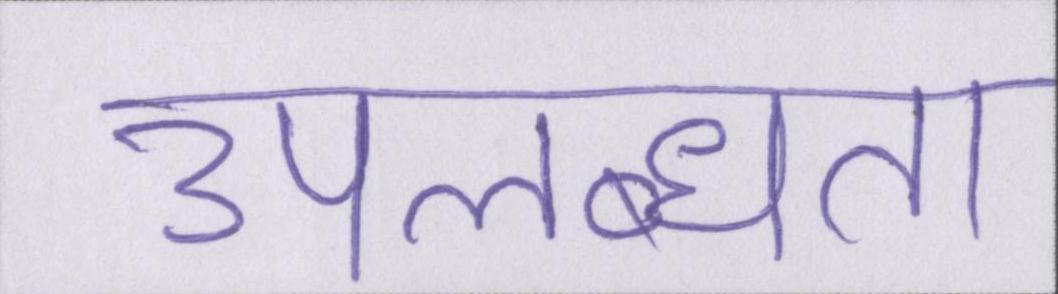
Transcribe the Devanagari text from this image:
उपलब्धता